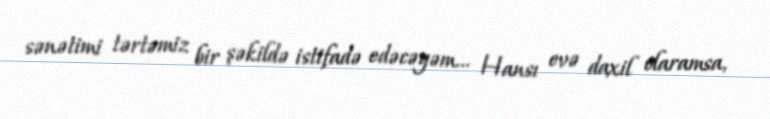
sənətimi tərtəmiz bir şəkildə istifadə edəcəyəm... Hansı evə daxil olaramsa,